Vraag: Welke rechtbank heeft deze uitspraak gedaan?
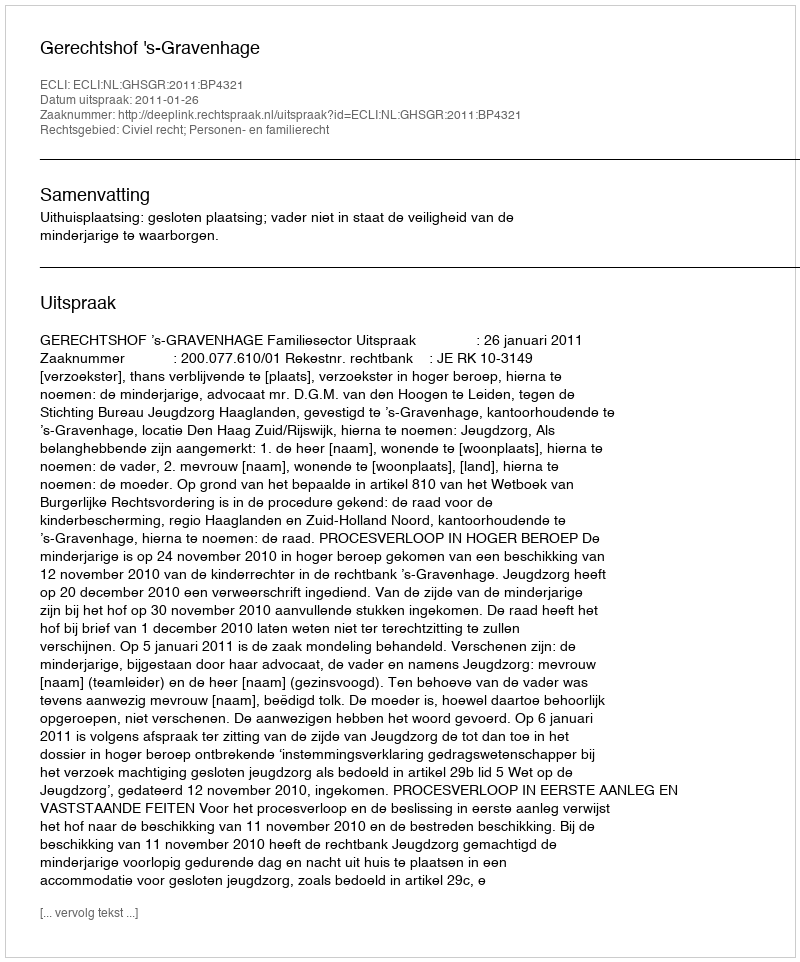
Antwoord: Gerechtshof 's-Gravenhage